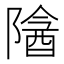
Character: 𬯖